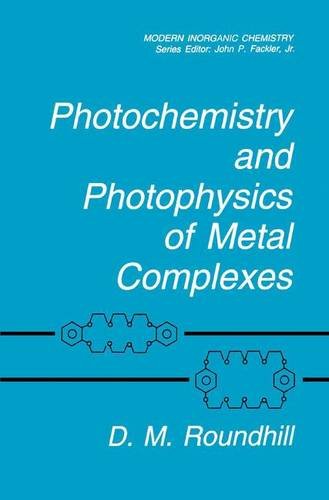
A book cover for Photochemistry and Photophysics of Metal Complexes (Modern Inorganic Chemistry); D.M. Roundhill; Science & Math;